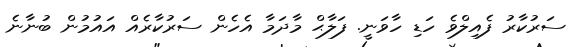
ސަރުކާރު ފެއިލްވެ ހަޑި ހާވަނީ. ފަލާޙް މާދަމާ އެހެން ސަރުކާރެއް އައުމުން ބުނާނެ